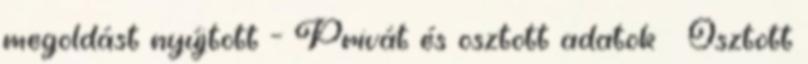
megoldást nyújtott – Privát és osztott adatok ● Osztott